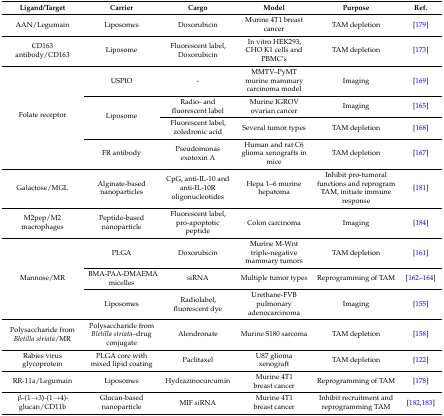
| Ligand/Target | Carrier | Cargo | Model | Purpose | Ref. |
 | --- | --- | --- | --- | --- | --- |
 | AAN/Legumain | Liposomes | Doxorubicin | Murine 4T1 breast cancer | TAM depletion | [179] |
 | CD163 antibody/CD163 | Liposome | Fluorescent label, Doxorubicin | In vitro HEK293, CHO K1 cells and PBMC’s | TAM depletion | [173] |
 | <ROWSPAN=4> Folate receptor | USPIO | - | MMTV–PyMT murine mammary carcinoma model | Imaging | [169] |
 | <ROWSPAN=2> Liposome | Radio- and fluorescent label | Murine IGROV ovarian cancer | Imaging | [165] |
 | Fluorescent label, zoledronic acid | Several tumor types | TAM depletion | [168] |
 | FR antibody | Pseudomonas exotoxin A | Human and rat C6 glioma xenografts in mice | TAM depletion | [167] |
 | Galactose/MGL | Alginate-based nanoparticles | CpG, anti-IL-10 and anti-IL-10R oligonucleotides | Hepa 1–6 murine hepatoma | Inhibit pro-tumoral functions and reprogram TAM, initiate immune response | [181] |
 | M2pep/M2 macrophages | Peptide-based nanoparticle | Fluorescent label, pro-apoptotic peptide | Colon carcinoma | Imaging | [184] |
 | <ROWSPAN=3> Mannose/MR | PLGA | Doxorubicin | Murine M-Wnt triple-negative mammary tumors | TAM depletion | [161] |
 | BMA-PAA-DMAEMA micelles | siRNA | Multiple tumor types | Reprogramming of TAM | [162,163,164] |
 | Liposomes | Radiolabel, fluorescent dye | Urethane-FVB pulmonary adenocarcinoma | Imaging | [155] |
 | Polysaccharide from Bletilla striata/MR | Polysaccharide from Bletilla striata–drug conjugate | Alendronate | Murine S180 sarcoma | TAM depletion | [158] |
 | Rabies virus glycoprotein | PLGA core with mixed lipid coating | Paclitaxel | U87 glioma xenograft | TAM depletion | [122] |
 | RR-11a/Legumain | Liposomes | Hydrazinocurcumin | Murine 4T1 breast cancer | Reprogramming of TAM | [178] |
 | β-(1→3)-(1→4)-glucan/CD11b | Glucan-based nanoparticle | MIF siRNA | Murine 4T1 breast cancer | Inhibit recruitment and reprogramming TAM | [182,183] |